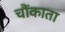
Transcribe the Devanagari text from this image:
चौंकाता